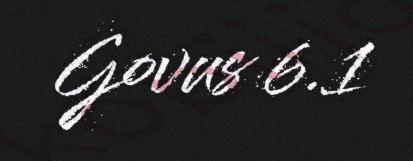
Govus 6.1